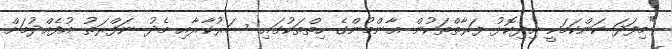
"މިފަދަ ކަންކަމަކީ އިދިކޮޅު ފަރާތްތަކުން އާންމުންގެ ހިތްތަކުގައި ސަރުކާރާއި މެދު ނަފްރަތު އުފެއްދުމަށް